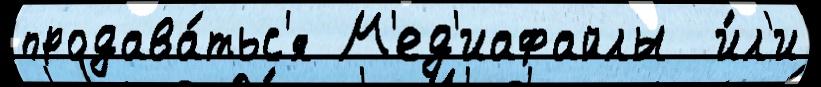
продава́тьс'я М'ед'иафайлы  и́л'и